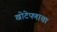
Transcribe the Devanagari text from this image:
खोटेपणाचा